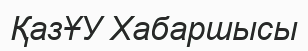
ҚазҰУ Хабаршысы